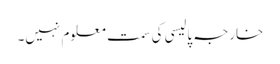
خارجہ پالیسی کی سمت معلوم نہیں۔